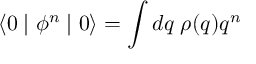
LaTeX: \langle 0 \mid \phi ^ { n } \mid 0 \rangle = \int d q \; \rho ( q ) q ^ { n }